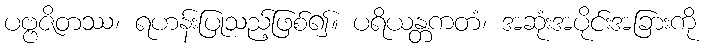
ပဗ္ဗဇိတဿ၊ ရဟန်းပြုသည့်ဖြစ်၍။ ပရိယန္တကတံ၊ အဆုံးအပိုင်းအခြားကို